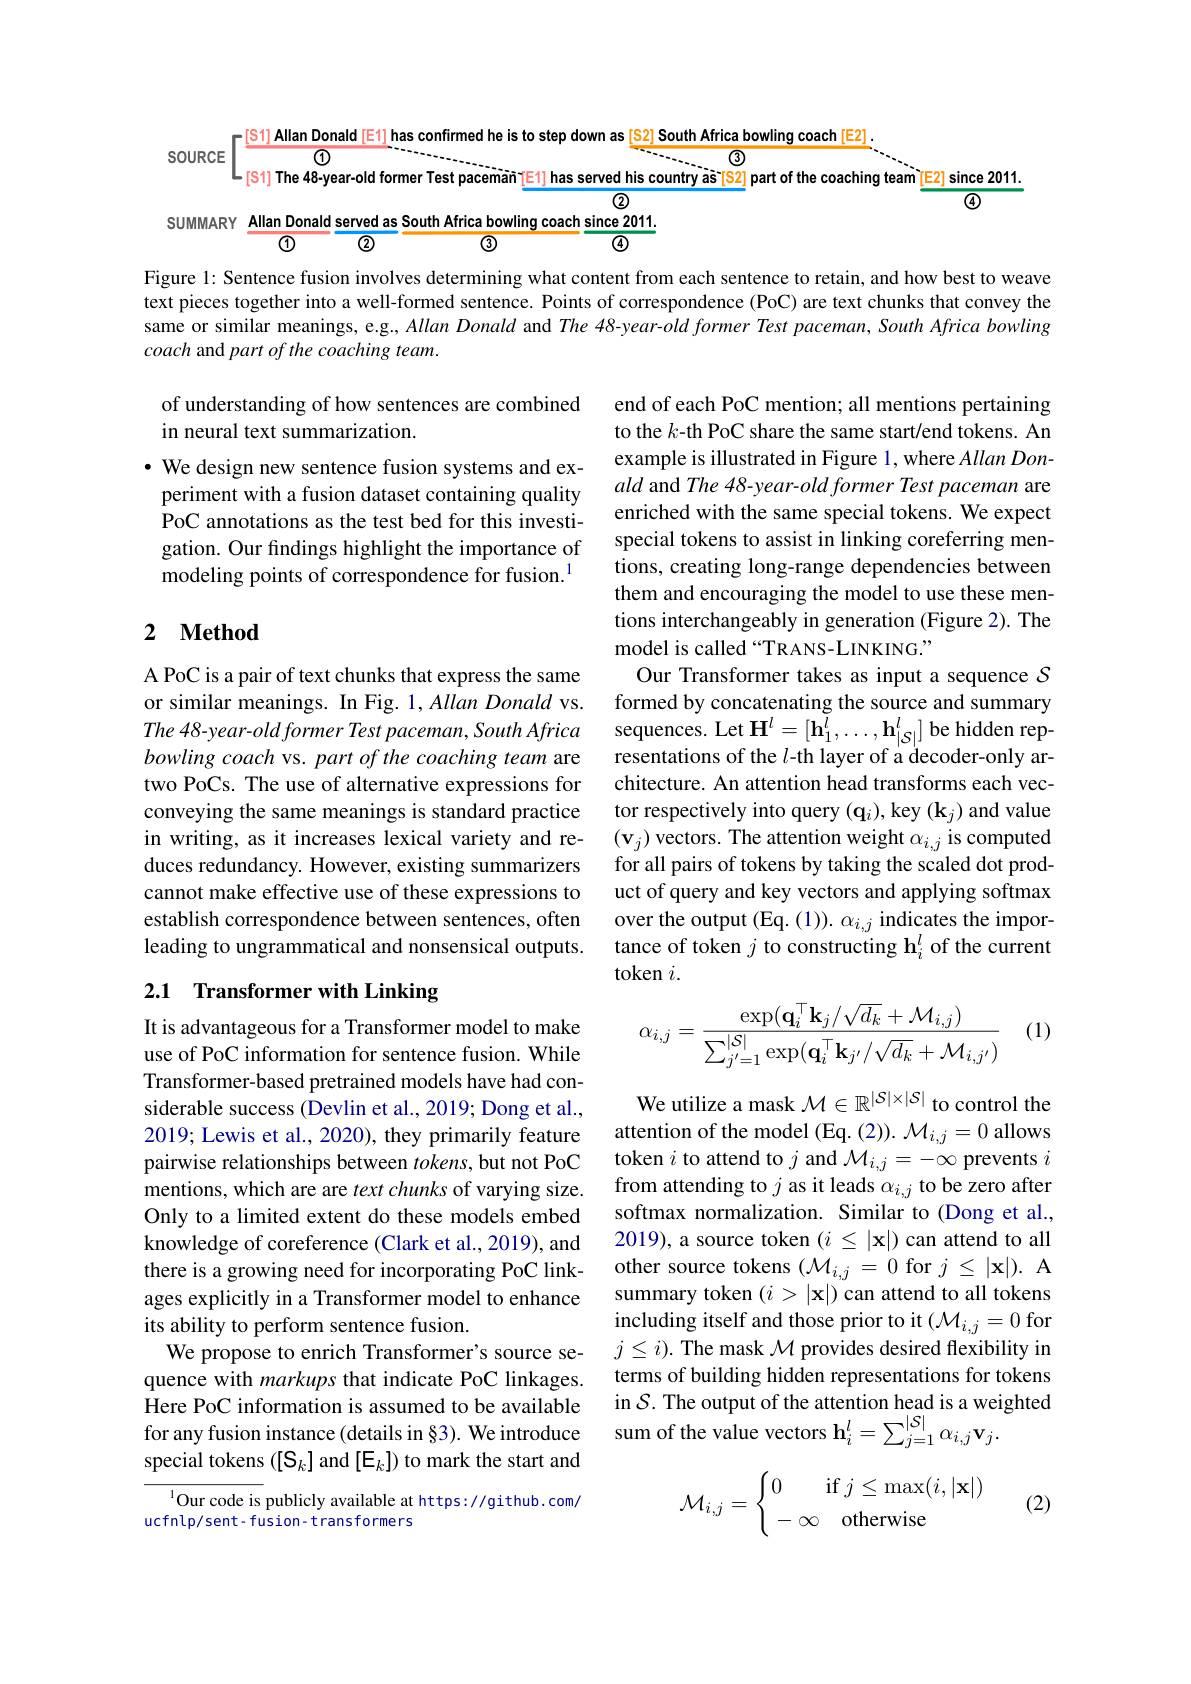
<table>
	<tbody>
		<tr>
			<td> </td>
			<td>$[S1]$ Allan Donal</td>
			<td>[E1] 1 has confirmed he is to</td>
			<td>ca bowling coach $1[\mathbb{E}2].$</td>
		</tr>
		<tr>
			<td>SUMMARY</td>
			<td>Allan Donald se</td>
			<td>ed as South Africa bowlin</td>
			<td> </td>
		</tr>
		<tr>
			<td rowspan="1">SUMMARY</td>
			<td>$\textcircled1$</td>
			<td>$\textcircled{2}$ $\textcircled3$</td>
			<td> </td>
		</tr>
	</tbody>
</table>

Figure 1: Sentence fusion involves determining what content from each sentence to retain, and how best to weave text pieces together into a well-formed sentence. Points of correspondence (PoC) are text chunks that convey the same or similar meanings, e.g., Allan Donald and The 48-year-old former Test paceman, South Africa bowling coach and part of the coaching team.

of understanding of how sentences are combined
in neural text summarization.

$\cdot$ We design new sentence fusion systems and experiment with a fusion dataset containing quality PoC annotations as the test bed for this investigation. Our findings highlight the importance of modeling points of correspondence for fusion.$^{1}$

## 2 $\textbf{Method}$

end of each PoC mention; all mentions pertaining to the $k$-th PoC share the same start/end tokens. An example is illustrated in Figure 1, where Allan Donald and The 48-year-old former Test paceman are enriched with the same special tokens. We expect special tokens to assist in linking coreferring mentions, creating long-range dependencies between them and encouraging the model to use these mentions interchangeably in generation (Figure 2). The model is called “TRANS-LINKING.”
Our Transformer takes as input a sequence $S$ formed by concatenating the source and summary sequences. Let $\mathbf{H}^l=[\tilde{\mathbf{h}}_1^l,\ldots,\mathbf{h}_{|\mathcal{S}|}^l]$ be hidden representations of the $l$-th layer of a decoder-only architecture. An attention head transforms each vector respectively into query $(\mathbf{q}_{i})$,key $(\mathbf{k}_{j})$ and value $(\mathbf{v}_{j})$ vectors. The attention weight $\alpha_i,j$ is computed for all pairs of tokens by taking the scaled dot product of query and key vectors and applying softmax over the output (Eq. (1)). $\alpha_i,j$ indicates the importance of token $j$ to constructing h$_i^l$ of the current token $i.$
$$\alpha_{i,j}=\frac{\exp(\mathbf{q}_i^\top\mathbf{k}_j/\sqrt{d_k}+\mathcal{M}_{i,j})}{\sum_{j'=1}^{|\mathcal{S}|}\exp(\mathbf{q}_i^\top\mathbf{k}_{j'}/\sqrt{d_k}+\mathcal{M}_{i,j'})}$$
A PoC is a pair of text chunks that express the same or similar meanings. In Fig. $1, Allan\textit{Donald vs}.$ The 48-year- old former Test paceman, South Africa bowling coach vs. part of the coaching team are two PoCs. The use of alternative expressions for conveying the same meanings is standard practice in writing, as it increases lexical variety and reduces redundancy. However, existing summarizers cannot make effective use of these expressions to establish correspondence between sentences, often leading to ungrammatical and nonsensical outputs.

## 2.1 Transformer with Linking

(1)

It is advantageous for a Transformer model to make use of PoC information for sentence fusion. While Transformer-based pretrained models have had considerable success (Devlin et al., 2019; Dong et al., 2019; Lewis et al., 2020), they primarily feature pairwise relationships between $tokens$, but not PoC mentions, which are are $text\textit{chunks of varying size}.$ Only to a limited extent do these models embed knowledge of coreference (Clark et al., 2019), and there is a growing need for incorporating PoC linkages explicitly in a Transformer model to enhance its ability to perform sentence fusion.
We propose to enrich Transformer's source sequence with markups that indicate PoC linkages. Here PoC information is assumed to be available for any fusion instance (details in §3). We introduce special tokens $([\mathcal{S}_k]$ and [E$_k]$) to mark the start and

We utilize a mask $\mathcal{M}\in\mathbb{R}^{|\mathcal{S}|\times|\mathcal{S}|}$ to control the attention of the model (Eq. (2)). $\mathcal{M}_i,j=0$ allows token $i$ to attend to $j$ and $\mathcal M_i,j=-\infty$ prevents $i$ from attending to $j$ as it leads $\alpha_i,j$ to be zero after softmax normalization. Similar to (Dong et al., 2019), a source token $(i\leq|\mathbf{x}|)$ can attend to all other source tokens $(\mathcal{M}_{i,j}=0$ for $j\leq|\mathbf{x}|).$ A summary token $(i>|\mathbf{x}|)$ can attend to all tokens including itself and those prior to it $(\mathcal{M}_{i,j}=0$ for $j\leq i).$ The mask $\mathcal{M}$ provides desired flexibility in terms of building hidden representations for tokens in $\mathcal{S}.$ The output of the attention head is a weighted sum of the value vectors $\mathbf{h}_i^l=\sum_{j=1}^{|S|}\alpha_{i,j}\mathbf{v}_j.$

(2)
$$\mathcal{M}_{i,j}=\begin{cases}0\quad\text{if}j\leq\max(i,|\mathbf{x}|)\\-\infty\quad\text{otherwise}\end{cases}$$
$^{1}$Our code is publicly available at https://github.com/
ucfnlp/sent- fusion- trans forme rs